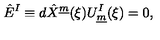
\hat { E } ^ { I } \equiv d \hat { X } ^ { \underline { { m } } } ( \xi ) U _ { \underline { { m } } } ^ { I } ( \xi ) = 0 , \qquad